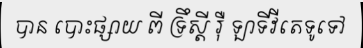
បាន បោះផ្សាយ ពី ទ្រឹស្តី រ៉ឺ ឡាទីវីតេទូទៅ